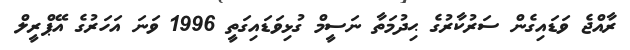
ރާއްޖެ ވަޑައިގެން ސަރުކާރުގެ ޙިދުމަތާ ނަސީމް ގުޅިވަޑައިގަތީ 1996 ވަނަ އަހަރުގެ އޭޕްރީލް